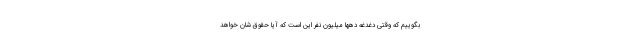
بگوییم که وقتی دغدغه دهها میلیون نفر این است که آیا حقوق شان خواهد